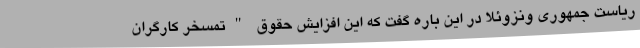
رياست جمهوری ونزوئلا در این باره گفت که این افزایش حقوق "تمسخر کارگران